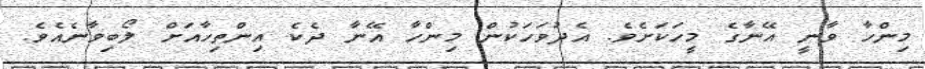
މިންހާ ވާނީ އޭނާގެ މީހަކަށެވެ. އެދުވަހަކުން މިންހާ އޭނާ ދެކެ އިންތިހާއަށް ލޯބިވާނެއެވެ.